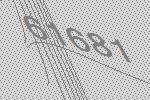
61681